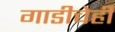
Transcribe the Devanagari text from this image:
गाडीचेही